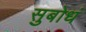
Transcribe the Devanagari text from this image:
सुबोधं